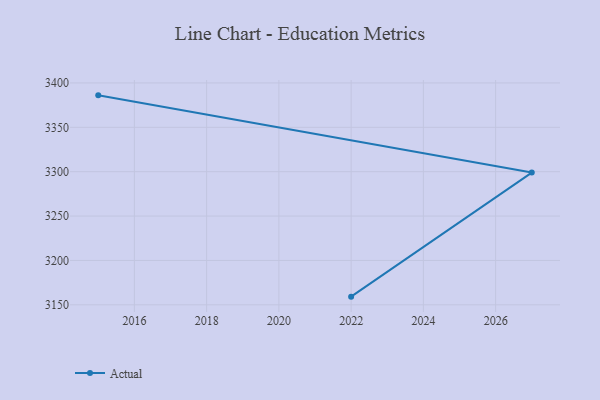
{"axis": {"x": "Year", "y": "Latency (ms)"}, "legend": ["Actual"], "data": [{"x": "2022", "y": 3159.2, "type": "Actual"}, {"x": "2027", "y": 3299.0, "type": "Actual"}, {"x": "2015", "y": 3386.0, "type": "Actual"}]}